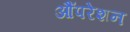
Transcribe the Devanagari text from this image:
औंपरेशन